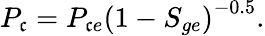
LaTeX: P_{\mathfrak{c}}=P_{\mathfrak{c}e}\left(1-S_{ge}\right)^{-0.5}.